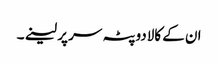
ان کے کالادوپٹہ سر پر لینے۔